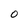
Character: O